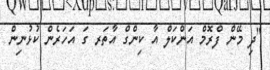
"ދި މޭން ފްރޮމް އަންކަލް އާ ކިންގް އާތަރ ގަ އަހަރެން ކުޅުނިން